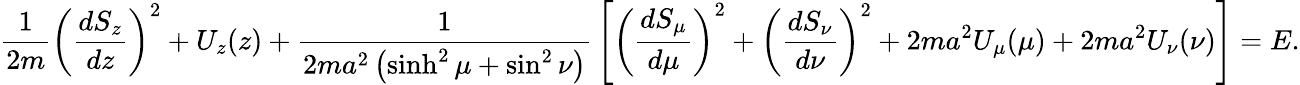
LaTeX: {\frac{1}{2m}}\left({\frac{dS_{z}}{dz}}\right)^{2}+U_{z}(z)+{\frac{1}{2ma^{2}\left(\sinh^{2}\mu+\sin^{2}\nu\right)}}\left[\left({\frac{dS_{\mu}}{d\mu}}\right)^{2}+\left({\frac{dS_{\nu}}{d\nu}}\right)^{2}+2ma^{2}U_{\mu}(\mu)+2ma^{2}U_{\nu}(\nu)\right]=E.